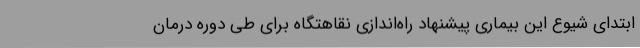
ابتدای شیوع این بیماری پیشنهاد راه‌اندازی نقاهتگاه برای طی دوره درمان